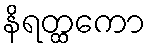
နိရတ္ထကော